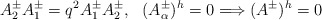
\begin{align*}A^\pm_2 A^\pm_1=q^2 A^\pm_1 A^\pm_2,\ \ (A^\pm_\alpha)^h=0\Longrightarrow(A^\pm)^h=0\end{align*}